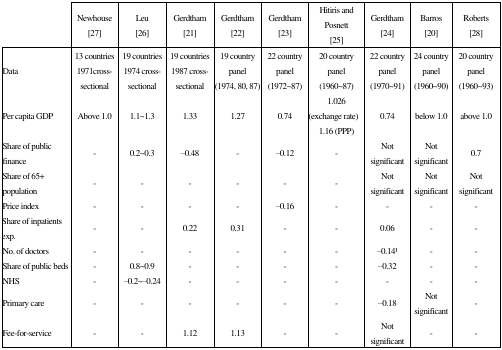
|  | Newhouse [27] | Leu [26] | Gerdtham [21] | Gerdtham [22] | Gerdtham [23] | Hitiris and Posnett [25] | Gerdtham [24] | Barros [20] | Roberts [28] |
 | --- | --- | --- | --- | --- | --- | --- | --- | --- | --- |
 | Data | 13 countries 1971 cross-sectional | 19 countries 1974 cross-sectional | 19 countries 1987 cross-sectional | 19 country panel (1974, 80, 87) | 22 country panel (1972∼87) | 20 country panel (1960∼87) | 22 country panel (1970∼91) | 24 country panel (1960∼90) | 20 country panel (1960∼93) |
 | Per capita GDP | Above 1.0 | 1.1∼1.3 | 1.33 | 1.27 | 0.74 | 1.026 (exchange rate) 1.16 (PPP) | 0.74 | below 1.0 | above 1.0 |
 | Share of public finance | - | 0.2∼0.3 | –0.48 | - | –0.12 | - | Not significant | Not significant | 0.7 |
 | Share of 65+ population | - | - | - | - | - | - | Not significant | Not significant | Not significant |
 | Price index | - | - | - | - | –0.16 | - | - | - | - |
 | Share of inpatients exp. | - | - | 0.22 | 0.31 | - | - | 0.06 | - | - |
 | No. of doctors | - | - | - | - | - | - | –0.141 | - | - |
 | Share of public beds | - | 0.8∼0.9 | - | - | - | - | –0.32 | - | - |
 | NHS | - | –0.2∼–0.24 | - | - | - | - | - | - | - |
 | Primary care | - | - | - | - | - | - | –0.18 | Not significant | - |
 | Fee-for-service | - | - | 1.12 | 1.13 | - | - | Not significant | - | - |